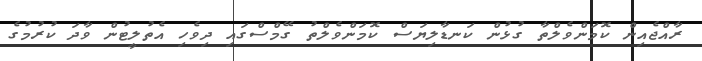
ރާއްޖެއިން ކޮމަންވެލްތާ ގުޅުން ކަނޑާލިޔަސް ކޮމަންވެލްތު ގޭމްސްގައި ދިވެހި އެތުލީޓުން ވާދަ ކުރުމުގެ